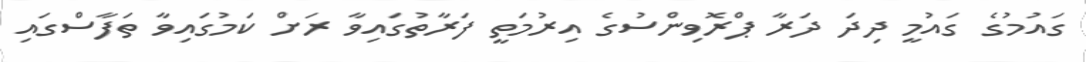
ގައުމުގެ ގައުމީ ދިދަ ދަރާ ޕްރޮވިންސުގެ އިރުމަތީ ފަރާތުގައިވާ ރަށް ކަމުގައިވާ ތަފާސްގައި